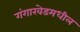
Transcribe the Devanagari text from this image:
गंगाखेडमधील